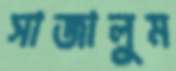
সাজালুম